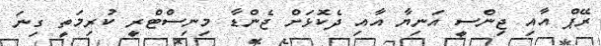
ރޭޕް އާއި ޖިންސީ އަނިޔާ އާއި ދެކޮޅަށް ޖެންޑާ މިނިސްޓްރީ ކުރިމަތީ ގިނަ